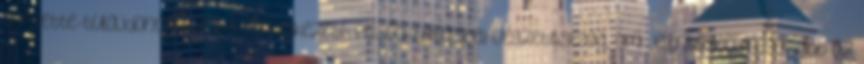
Corvette-tulajdonosok 47%-a rendelkezett felsőoktatásbeli végzettséggel, ami jelentősen magasabb az